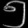
Digit: ၅